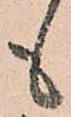
も